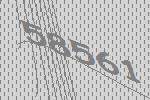
58561